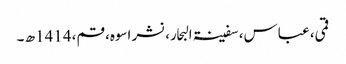
قمی، عباس، سفینۃ البحار، نشر اسوہ، قم، 1414ھ ۔